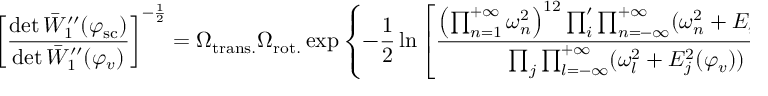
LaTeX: \left[ \frac { \operatorname * { d e t } \bar { W } _ { 1 } ^ { \prime \prime } ( \varphi _ { \mathrm { s c } } ) } { \operatorname * { d e t } \bar { W } _ { 1 } ^ { \prime \prime } ( \varphi _ { v } ) } \right] ^ { - \frac { 1 } { 2 } } = \Omega _ { \mathrm { t r a n s . } } \Omega _ { \mathrm { r o t . } } \exp \left\{ - \frac { 1 } { 2 } \ln \left[ \frac { \left( \prod _ { n = 1 } ^ { + \infty } \omega _ { n } ^ { 2 } \right) ^ { 1 2 } \prod _ { i } ^ { \prime } \prod _ { n = - \infty } ^ { + \infty } ( \omega _ { n } ^ { 2 } + E _ { i } ^ { 2 } ( \varphi _ { \mathrm { s c } } ) ) } { \prod _ { j } \prod _ { l = - \infty } ^ { + \infty } ( \omega _ { l } ^ { 2 } + E _ { j } ^ { 2 } ( \varphi _ { v } ) ) } \right] \right\} \: ,